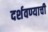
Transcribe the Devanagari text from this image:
दर्शवण्याची